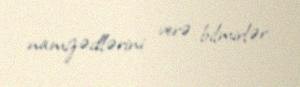
namizədlərini verə bilmirlər.